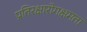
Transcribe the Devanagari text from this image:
प्रतिरक्षारोगक्षमता